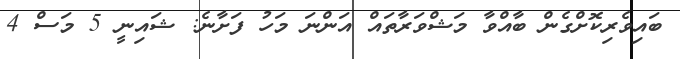
ބައިވެރިކޮށްގެން ބާއްވާ މަޝްވަރާތައް އަންނަ މަހު ފަށާނެ: ޝައިނީ 5 މަސް 4